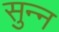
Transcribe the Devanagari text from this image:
सुन्‍न